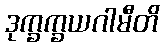
ဒုက္ခက္ခယဂါမီတိ